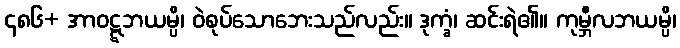
၄၈၆+ အာဝဋ္ဋဘယမ္ပိ၊ ဝဲစုပ်သောဘေးသည်လည်း။ ဒုက္ခံ၊ ဆင်းရဲ၏။ ကုမ္ဘီလဘယမ္ပိ၊